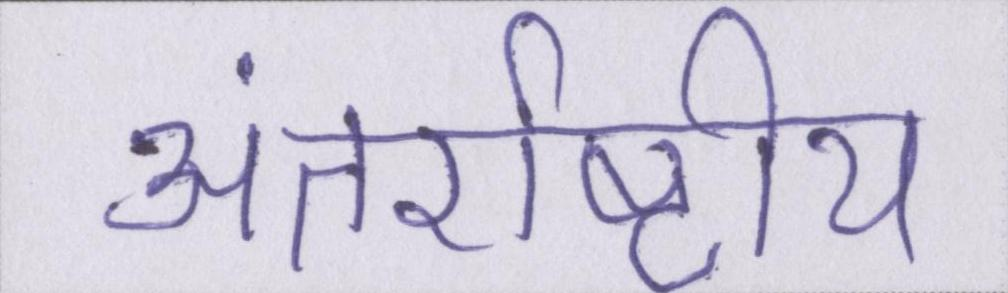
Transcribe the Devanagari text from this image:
अंतर्राष्ट्रीय